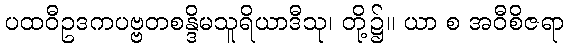
ပထဝီဥဒကပဗ္ဗတစန္ဒိမသူရိယာဒီသု၊ တို့၌။ ယာ စ အဝီစိဇရာ